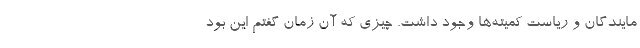
مایندگان و ریاست کمیته‌ها وجود داشت. چیزی که آن زمان گفتم این بود